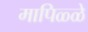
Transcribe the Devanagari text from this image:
मापिळ्ळे